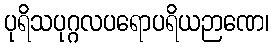
ပုရိသပုဂ္ဂလပရောပရိယဉာဏေ၊